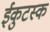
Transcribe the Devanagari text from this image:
ईकुटस्क